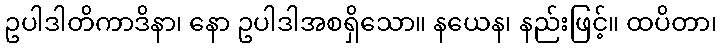
ဥပါဒါတိကာဒိနာ၊ နော ဥပါဒါအစရှိသော။ နယေန၊ နည်းဖြင့်။ ထပိတာ၊